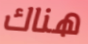
هناك